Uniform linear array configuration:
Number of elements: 16
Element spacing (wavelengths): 0.25
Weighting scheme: hann
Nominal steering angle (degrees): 0
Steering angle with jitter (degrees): -1.816
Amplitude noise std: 0.05
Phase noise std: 0.05

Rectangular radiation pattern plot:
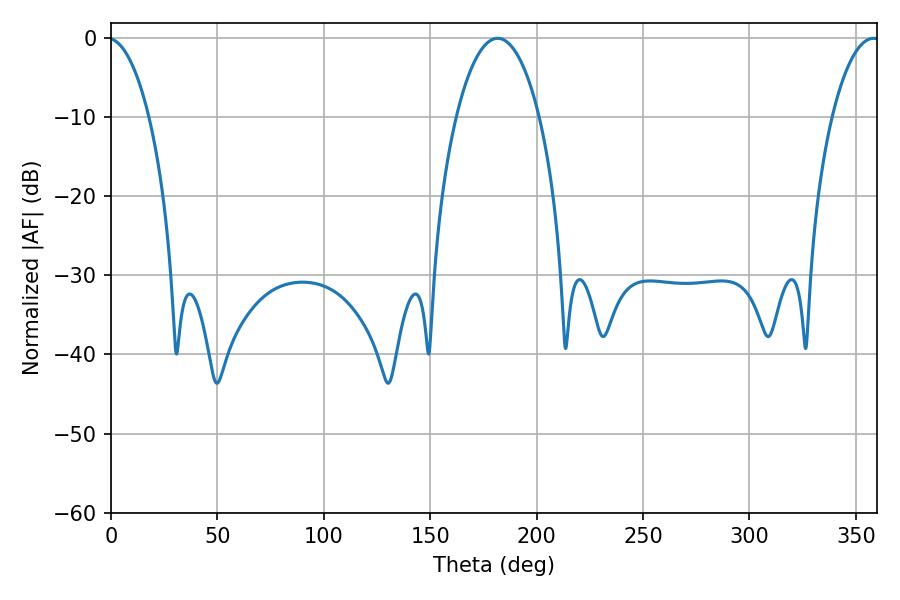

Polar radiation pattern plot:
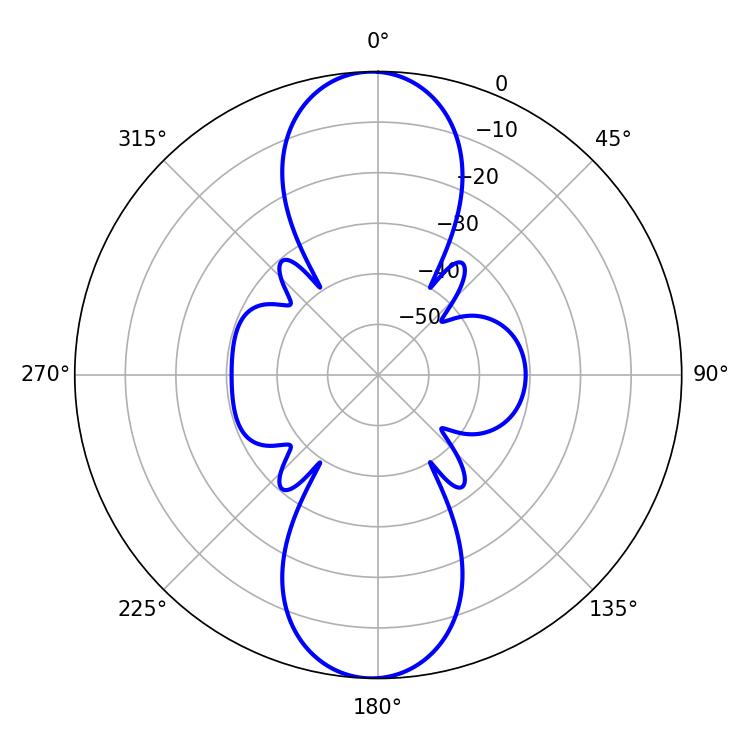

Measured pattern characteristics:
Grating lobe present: FALSE
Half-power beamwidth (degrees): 12.6
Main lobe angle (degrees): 358.38